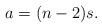
LaTeX: \begin{align*}a=(n-2)s.\end{align*}